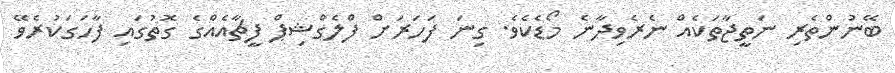
ބޭނުންތެރި ނަތީޖާތަކެއް ނެރެވިދާނެ މޯޑެކެވެ. ގިނަ ފަހަރަށް ފްލެގްޝިޕް ފީޗާއެއްގެ ގޮތުގައި ފާހަގަކުރެވޭ